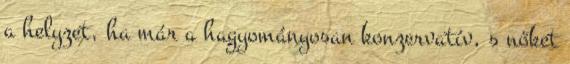
a helyzet, ha már a hagyományosan konzervatív, s nőket